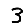
Digit: 3